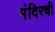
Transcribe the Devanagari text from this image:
मंदिरची